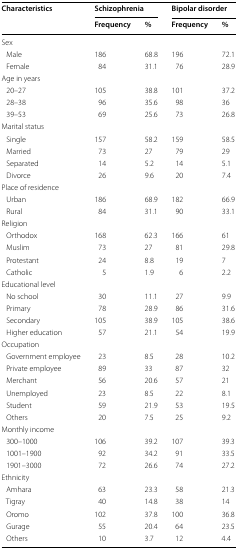
<table><thead><tr><td rowspan="2"><b>Characteristics</b></td><td colspan="2"><b>Schizophrenia</b></td><td colspan="2"><b>Bipolar disorder</b></td></tr><tr><td><b>Frequency</b></td><td><b>%</b></td><td><b>Frequency</b></td><td><b>%</b></td></tr></thead><tbody><tr><td colspan="5">Sex</td></tr><tr><td> Male</td><td>186</td><td>68.8</td><td>196</td><td>72.1</td></tr><tr><td> Female</td><td>84</td><td>31.1</td><td>76</td><td>28.9</td></tr><tr><td colspan="5">Age in years</td></tr><tr><td> 20–27</td><td>105</td><td>38.8</td><td>101</td><td>37.2</td></tr><tr><td> 28–38</td><td>96</td><td>35.6</td><td>98</td><td>36</td></tr><tr><td> 39–53</td><td>69</td><td>25.6</td><td>73</td><td>26.8</td></tr><tr><td colspan="5">Marital status</td></tr><tr><td> Single</td><td>157</td><td>58.2</td><td>159</td><td>58.5</td></tr><tr><td> Married</td><td>73</td><td>27</td><td>79</td><td>29</td></tr><tr><td> Separated</td><td>14</td><td>5.2</td><td>14</td><td>5.1</td></tr><tr><td> Divorce</td><td>26</td><td>9.6</td><td>20</td><td>7.4</td></tr><tr><td colspan="5">Place of residence</td></tr><tr><td> Urban</td><td>186</td><td>68.9</td><td>182</td><td>66.9</td></tr><tr><td> Rural</td><td>84</td><td>31.1</td><td>90</td><td>33.1</td></tr><tr><td colspan="5">Religion</td></tr><tr><td> Orthodox</td><td>168</td><td>62.3</td><td>166</td><td>61</td></tr><tr><td> Muslim</td><td>73</td><td>27</td><td>81</td><td>29.8</td></tr><tr><td> Protestant</td><td>24</td><td>8.8</td><td>19</td><td>7</td></tr><tr><td> Catholic</td><td>5</td><td>1.9</td><td>6</td><td>2.2</td></tr><tr><td colspan="5">Educational level</td></tr><tr><td> No school</td><td>30</td><td>11.1</td><td>27</td><td>9.9</td></tr><tr><td> Primary</td><td>78</td><td>28.9</td><td>86</td><td>31.6</td></tr><tr><td> Secondary</td><td>105</td><td>38.9</td><td>105</td><td>38.6</td></tr><tr><td> Higher education</td><td>57</td><td>21.1</td><td>54</td><td>19.9</td></tr><tr><td colspan="5">Occupation</td></tr><tr><td> Government employee</td><td>23</td><td>8.5</td><td>28</td><td>10.2</td></tr><tr><td> Private employee</td><td>89</td><td>33</td><td>87</td><td>32</td></tr><tr><td> Merchant</td><td>56</td><td>20.6</td><td>57</td><td>21</td></tr><tr><td> Unemployed</td><td>23</td><td>8.5</td><td>22</td><td>8.1</td></tr><tr><td> Student</td><td>59</td><td>21.9</td><td>53</td><td>19.5</td></tr><tr><td> Others</td><td>20</td><td>7.5</td><td>25</td><td>9.2</td></tr><tr><td colspan="5">Monthly income</td></tr><tr><td> 300–1000</td><td>106</td><td>39.2</td><td>107</td><td>39.3</td></tr><tr><td> 1001–1900</td><td>92</td><td>34.2</td><td>91</td><td>33.5</td></tr><tr><td> 1901–3000</td><td>72</td><td>26.6</td><td>74</td><td>27.2</td></tr><tr><td colspan="5">Ethnicity</td></tr><tr><td> Amhara</td><td>63</td><td>23.3</td><td>58</td><td>21.3</td></tr><tr><td> Tigray</td><td>40</td><td>14.8</td><td>38</td><td>14</td></tr><tr><td> Oromo</td><td>102</td><td>37.8</td><td>100</td><td>36.8</td></tr><tr><td> Gurage</td><td>55</td><td>20.4</td><td>64</td><td>23.5</td></tr><tr><td> Others</td><td>10</td><td>3.7</td><td>12</td><td>4.4</td></tr></tbody></table>